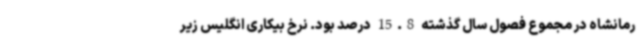
رمانشاه در مجموع فصول سال گذشته 15.8 درصد بود. نرخ بیکاری انگلیس زیر